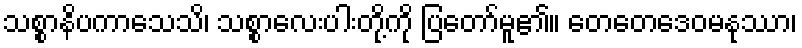
သစ္စာနိပကာသေသိ၊ သစ္စာလေးပါးတို့ကို ပြတော်မူ၏။ တေတေဒေဝမနုဿာ၊